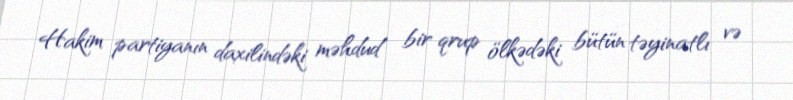
Hakim partiyanın daxilindəki məhdud bir qrup ölkədəki bütün təyinatlı və